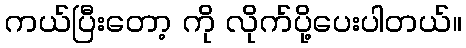
ကယ်ပြီးတော့ ကို လိုက်ပို့ပေးပါတယ်။